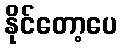
နိုင်တော့ပေ